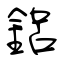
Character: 鋁